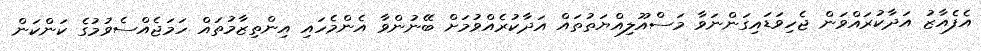
އެފެއާޒު އަދާކުރައްވަން ޖެހިވަޑައިގަންނަވާ މަސްއޫލިއްޔަތުތައް އަދާކުރެއްވުމަށް ބޭނުންވާ އެންމެހައި އިންތިޒާމުތައް ހަމަޖެއްސެވުމުގެ ކަންކަން